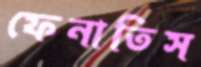
ফেনাতিস